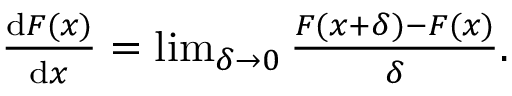
\begin{array} { r } { \frac { \mathrm { d } F ( x ) } { \mathrm { d } x } = \operatorname* { l i m } _ { \delta \to 0 } \frac { F ( x + \delta ) - F ( x ) } { \delta } . } \end{array}